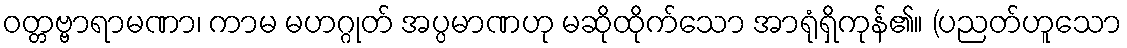
ဝတ္တဗ္ဗာရာမဏာ၊ ကာမ မဟဂ္ဂုတ် အပ္ပမာဏဟု မဆိုထိုက်သော အာရုံရှိကုန်၏။ (ပညတ်ဟူသော